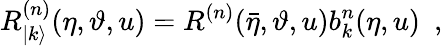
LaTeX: R_{|k\rangle}^{(n)}(\eta,\vartheta,u)=R^{(n)}(\bar{\eta},\vartheta,u)b_{k}^{n}(\eta,u)\, \, \, ,